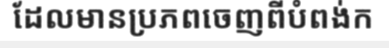
ដែលមានប្រភពចេញពីបំពង់ក